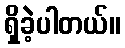
ရှိခဲ့ပါတယ်။